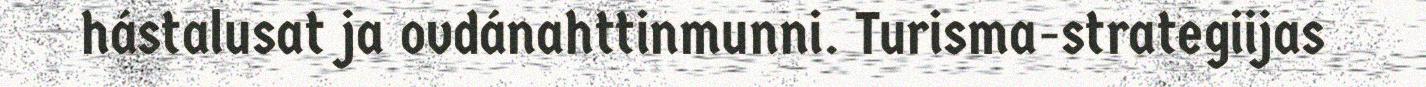
hástalusat ja ovdánahttinmunni. Turisma-strategiijas